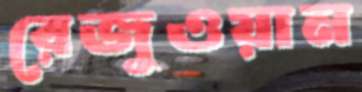
রেজুওয়ান